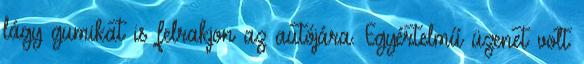
lágy gumikat is felrakjon az autójára. Egyértelmű üzenet volt